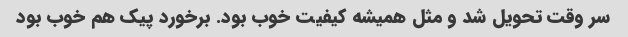
سر وقت تحویل شد و مثل همیشه کیفیت خوب بود. برخورد پیک هم خوب بود